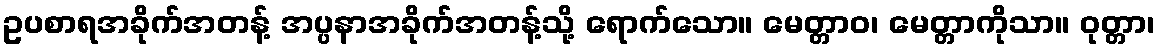
ဥပစာရအခိုက်အတန့် အပ္ပနာအခိုက်အတန့်သို့ ရောက်သော။ မေတ္တာဝ၊ မေတ္တာကိုသာ။ ဝုတ္တာ၊